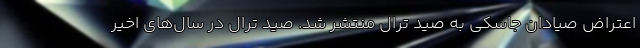
اعتراض صیادان جاسکی به صید ترال منتشر شد. صید ترال در سال‌های اخیر